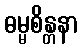
ဓမ္မစိန္တနာ